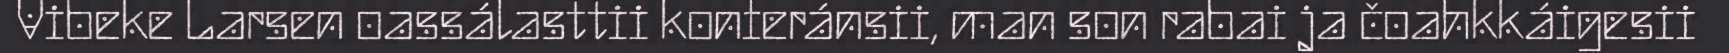
Vibeke Larsen oassálasttii konferánsii, man son rabai ja čoahkkáigesii